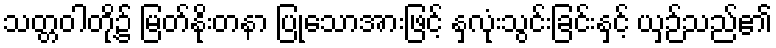
သတ္တဝါတို့၌ မြတ်နိုးတနာ ပြုသောအားဖြင့် နှလုံးသွင်းခြင်းနှင့် ယှဉ်သည်၏